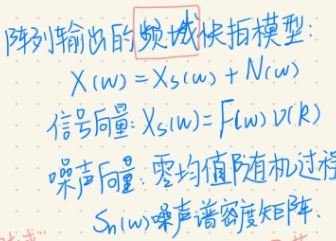
阵列输出的频域快拍模型：
\[
X(\omega)=X_S(\omega)+N(\omega)
\]
信号向量：\(X_S(\omega)=F(\omega)D(k)\)
噪声向量：零均值随机过程
\(S_N(\omega)\)噪声谱密度矩阵.